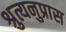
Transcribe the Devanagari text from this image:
श्रुत्यनुप्रास